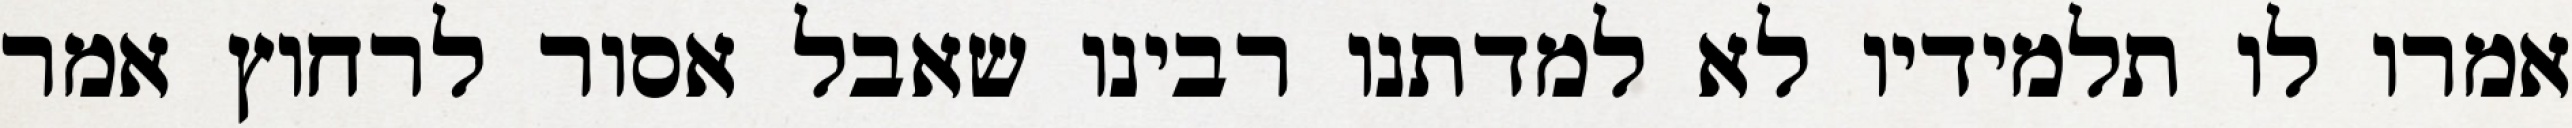
אמרו לו תלמידיו לא למדתנו רבינו שאבל אסור לרחוץ אמר